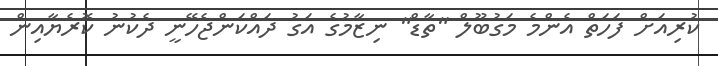
ކުރިއަށް ފަހަތް އެންމެ މަގުބޫލް "ތާޑް" ނިޒާމުގެ އަގު ދައްކަންޖެހޭނީ ދެކުނު ކޮރެޔާއިން